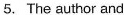
5.the author and